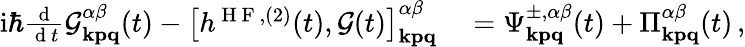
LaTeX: \begin{array}{rl}{\mathrm{i}\hbar\frac{\mathrm{~d~}}{\mathrm{~d~}t}\mathcal{G}_{\mathbf{kpq}}^{\alpha\beta}(t)-\left[h^{\mathrm{~H~F~},(2)}(t),\mathcal{G}(t)\right]_{\mathbf{kpq}}^{\alpha\beta}}&{{}=\Psi_{\mathbf{kpq}}^{\pm,\alpha\beta}(t)+\Pi_{\mathbf{kpq}}^{\alpha\beta}(t)\, ,}\end{array}